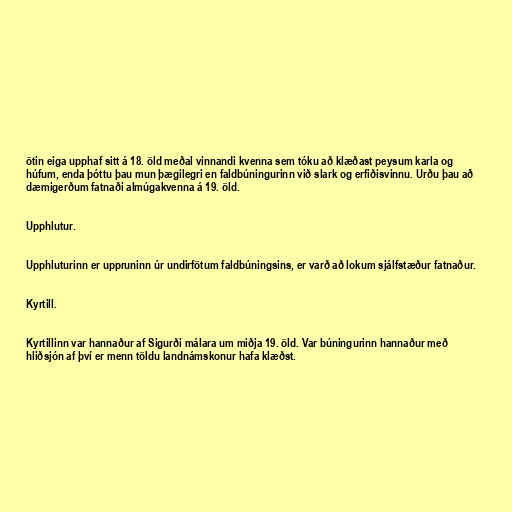
ötin eiga upphaf sitt á 18. öld meðal vinnandi kvenna sem tóku að klæðast peysum karla og
húfum, enda þóttu þau mun þægilegri en faldbúningurinn við slark og erfiðisvinnu. Urðu þau að
dæmigerðum fatnaði almúgakvenna á 19. öld.

Upphlutur.

Upphluturinn er uppruninn úr undirfötum faldbúningsins, er varð að lokum sjálfstæður fatnaður.

Kyrtill.

Kyrtillinn var hannaður af Sigurði málara um miðja 19. öld. Var búningurinn hannaður með
hliðsjón af því er menn töldu landnámskonur hafa klæðst.